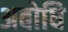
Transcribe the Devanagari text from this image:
अबोधि